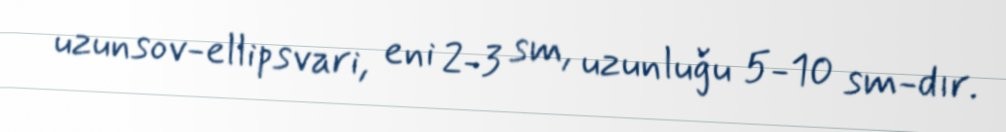
uzunsov-ellipsvari, eni 2-3 sm, uzunluğu 5-10 sm-dır.